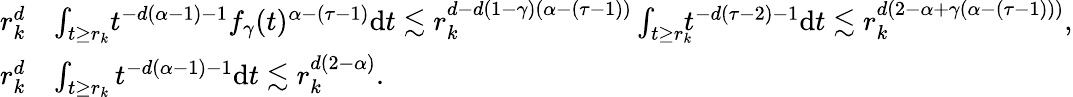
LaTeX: \begin{array}{rl}{r_{k}^{d}}&{\int_{t\ge r_{k}}\! t^{-d(\alpha-1)-1}f_{\gamma}(t)^{\alpha-(\tau-1)}\mathrm{d}t\lesssim r_{k}^{d-d(1-\gamma)(\alpha-(\tau-1))}\int_{t\ge r_{k}}\! \! \! t^{-d(\tau-2)-1}\mathrm{d}t\lesssim r_{k}^{d(2-\alpha+\gamma(\alpha-(\tau-1)))},}\\ {r_{k}^{d}}&{\int_{t\ge r_{k}}t^{-d(\alpha-1)-1}\mathrm{d}t\lesssim r_{k}^{d(2-\alpha)}.}\end{array}